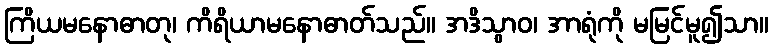
ကြိယမနောဓာတု၊ ကိရိယာမနောဓာတ်သည်။ အဒိသွာဝ၊ အာရုံကို မမြင်မူ၍သာ။